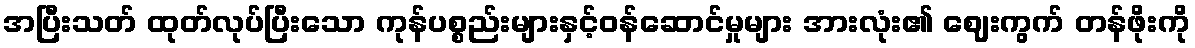
အပြီးသတ် ထုတ်လုပ်ပြီးသော ကုန်ပစ္စည်းများနှင့်ဝန်ဆောင်မှုများ အားလုံး၏ ဈေးကွက် တန်ဖိုးကို